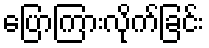
ပြောကြားလိုက်ခြင်း